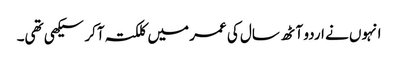
انہوں نے اردو آٹھ سال کی عمر میں کلکتہ آکر سیکھی تھی۔